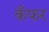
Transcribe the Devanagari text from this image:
कँफर